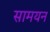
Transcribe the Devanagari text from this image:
सामयन